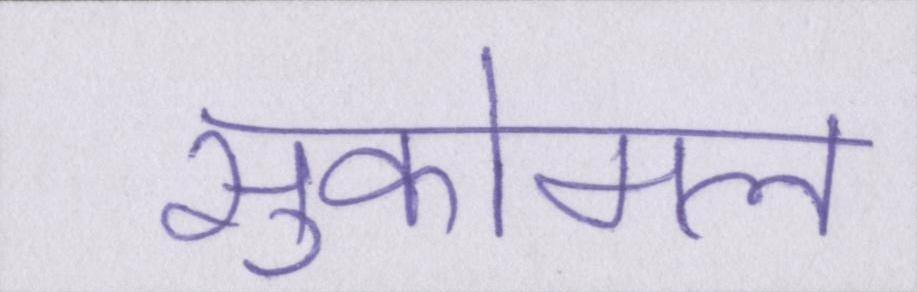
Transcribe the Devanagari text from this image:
सुकोमल